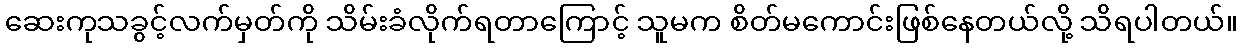
ဆေးကုသခွင့်လက်မှတ်ကို သိမ်းခံလိုက်ရတာကြောင့် သူမက စိတ်မကောင်းဖြစ်နေတယ်လို့ သိရပါတယ်။